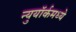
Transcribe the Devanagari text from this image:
न्युयॉर्कमध्ये